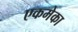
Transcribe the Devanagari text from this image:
एकमेका